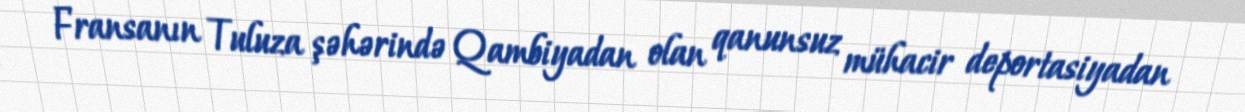
Fransanın Tuluza şəhərində Qambiyadan olan qanunsuz mühacir deportasiyadan